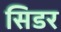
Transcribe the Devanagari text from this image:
सिडर